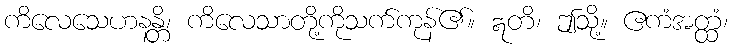
ကိလေသေဟနန္တိ၊ ကိလေသာတို့ကိုသက်ကုန်၏။ ဣတိ၊ ဤသို့။ ဧကံအတ္ထံ၊